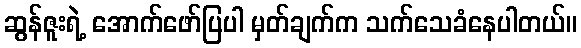
ဆွန်ဇူးရဲ့ အောက်ဖော်ပြပါ မှတ်ချက်က သက်သေခံနေပါတယ်။